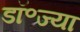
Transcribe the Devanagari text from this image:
डॉ॰ज्या